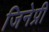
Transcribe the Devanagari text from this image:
जिनेप्री